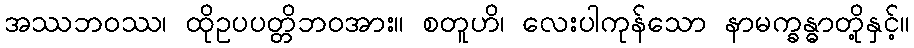
အဿဘဝဿ၊ ထိုဥပပတ္တိဘဝအား။ စတူဟိ၊ လေးပါကုန်သော နာမက္ခန္ဓာတို့နှင့်။